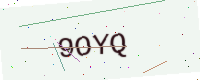
Text: 9OYQ